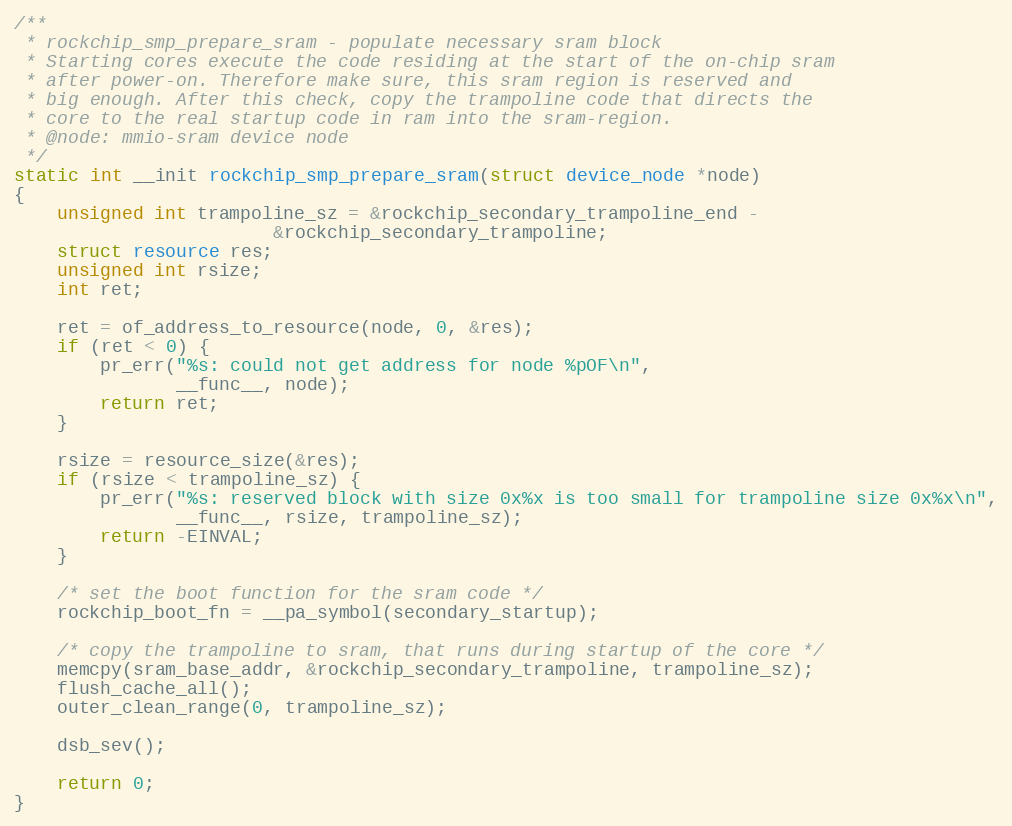
Language: C
/**
 * rockchip_smp_prepare_sram - populate necessary sram block
 * Starting cores execute the code residing at the start of the on-chip sram
 * after power-on. Therefore make sure, this sram region is reserved and
 * big enough. After this check, copy the trampoline code that directs the
 * core to the real startup code in ram into the sram-region.
 * @node: mmio-sram device node
 */
static int __init rockchip_smp_prepare_sram(struct device_node *node)
{
	unsigned int trampoline_sz = &rockchip_secondary_trampoline_end -
					    &rockchip_secondary_trampoline;
	struct resource res;
	unsigned int rsize;
	int ret;

	ret = of_address_to_resource(node, 0, &res);
	if (ret < 0) {
		pr_err("%s: could not get address for node %pOF\n",
		       __func__, node);
		return ret;
	}

	rsize = resource_size(&res);
	if (rsize < trampoline_sz) {
		pr_err("%s: reserved block with size 0x%x is too small for trampoline size 0x%x\n",
		       __func__, rsize, trampoline_sz);
		return -EINVAL;
	}

	/* set the boot function for the sram code */
	rockchip_boot_fn = __pa_symbol(secondary_startup);

	/* copy the trampoline to sram, that runs during startup of the core */
	memcpy(sram_base_addr, &rockchip_secondary_trampoline, trampoline_sz);
	flush_cache_all();
	outer_clean_range(0, trampoline_sz);

	dsb_sev();

	return 0;
}